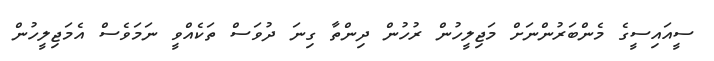
ސީއައިސީގެ މެންބަރުންނަށް މަޖިލީހުން ރުހުން ދިންތާ ގިނަ ދުވަސް ތަކެއްވީ ނަމަވެސް އެމަޖިލީހުން